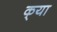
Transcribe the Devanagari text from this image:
क्‌या